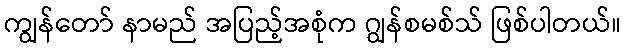
ကျွန်တော် နာမည် အပြည့်အစုံက ဂျွန်စမစ်သ် ဖြစ်ပါတယ်။